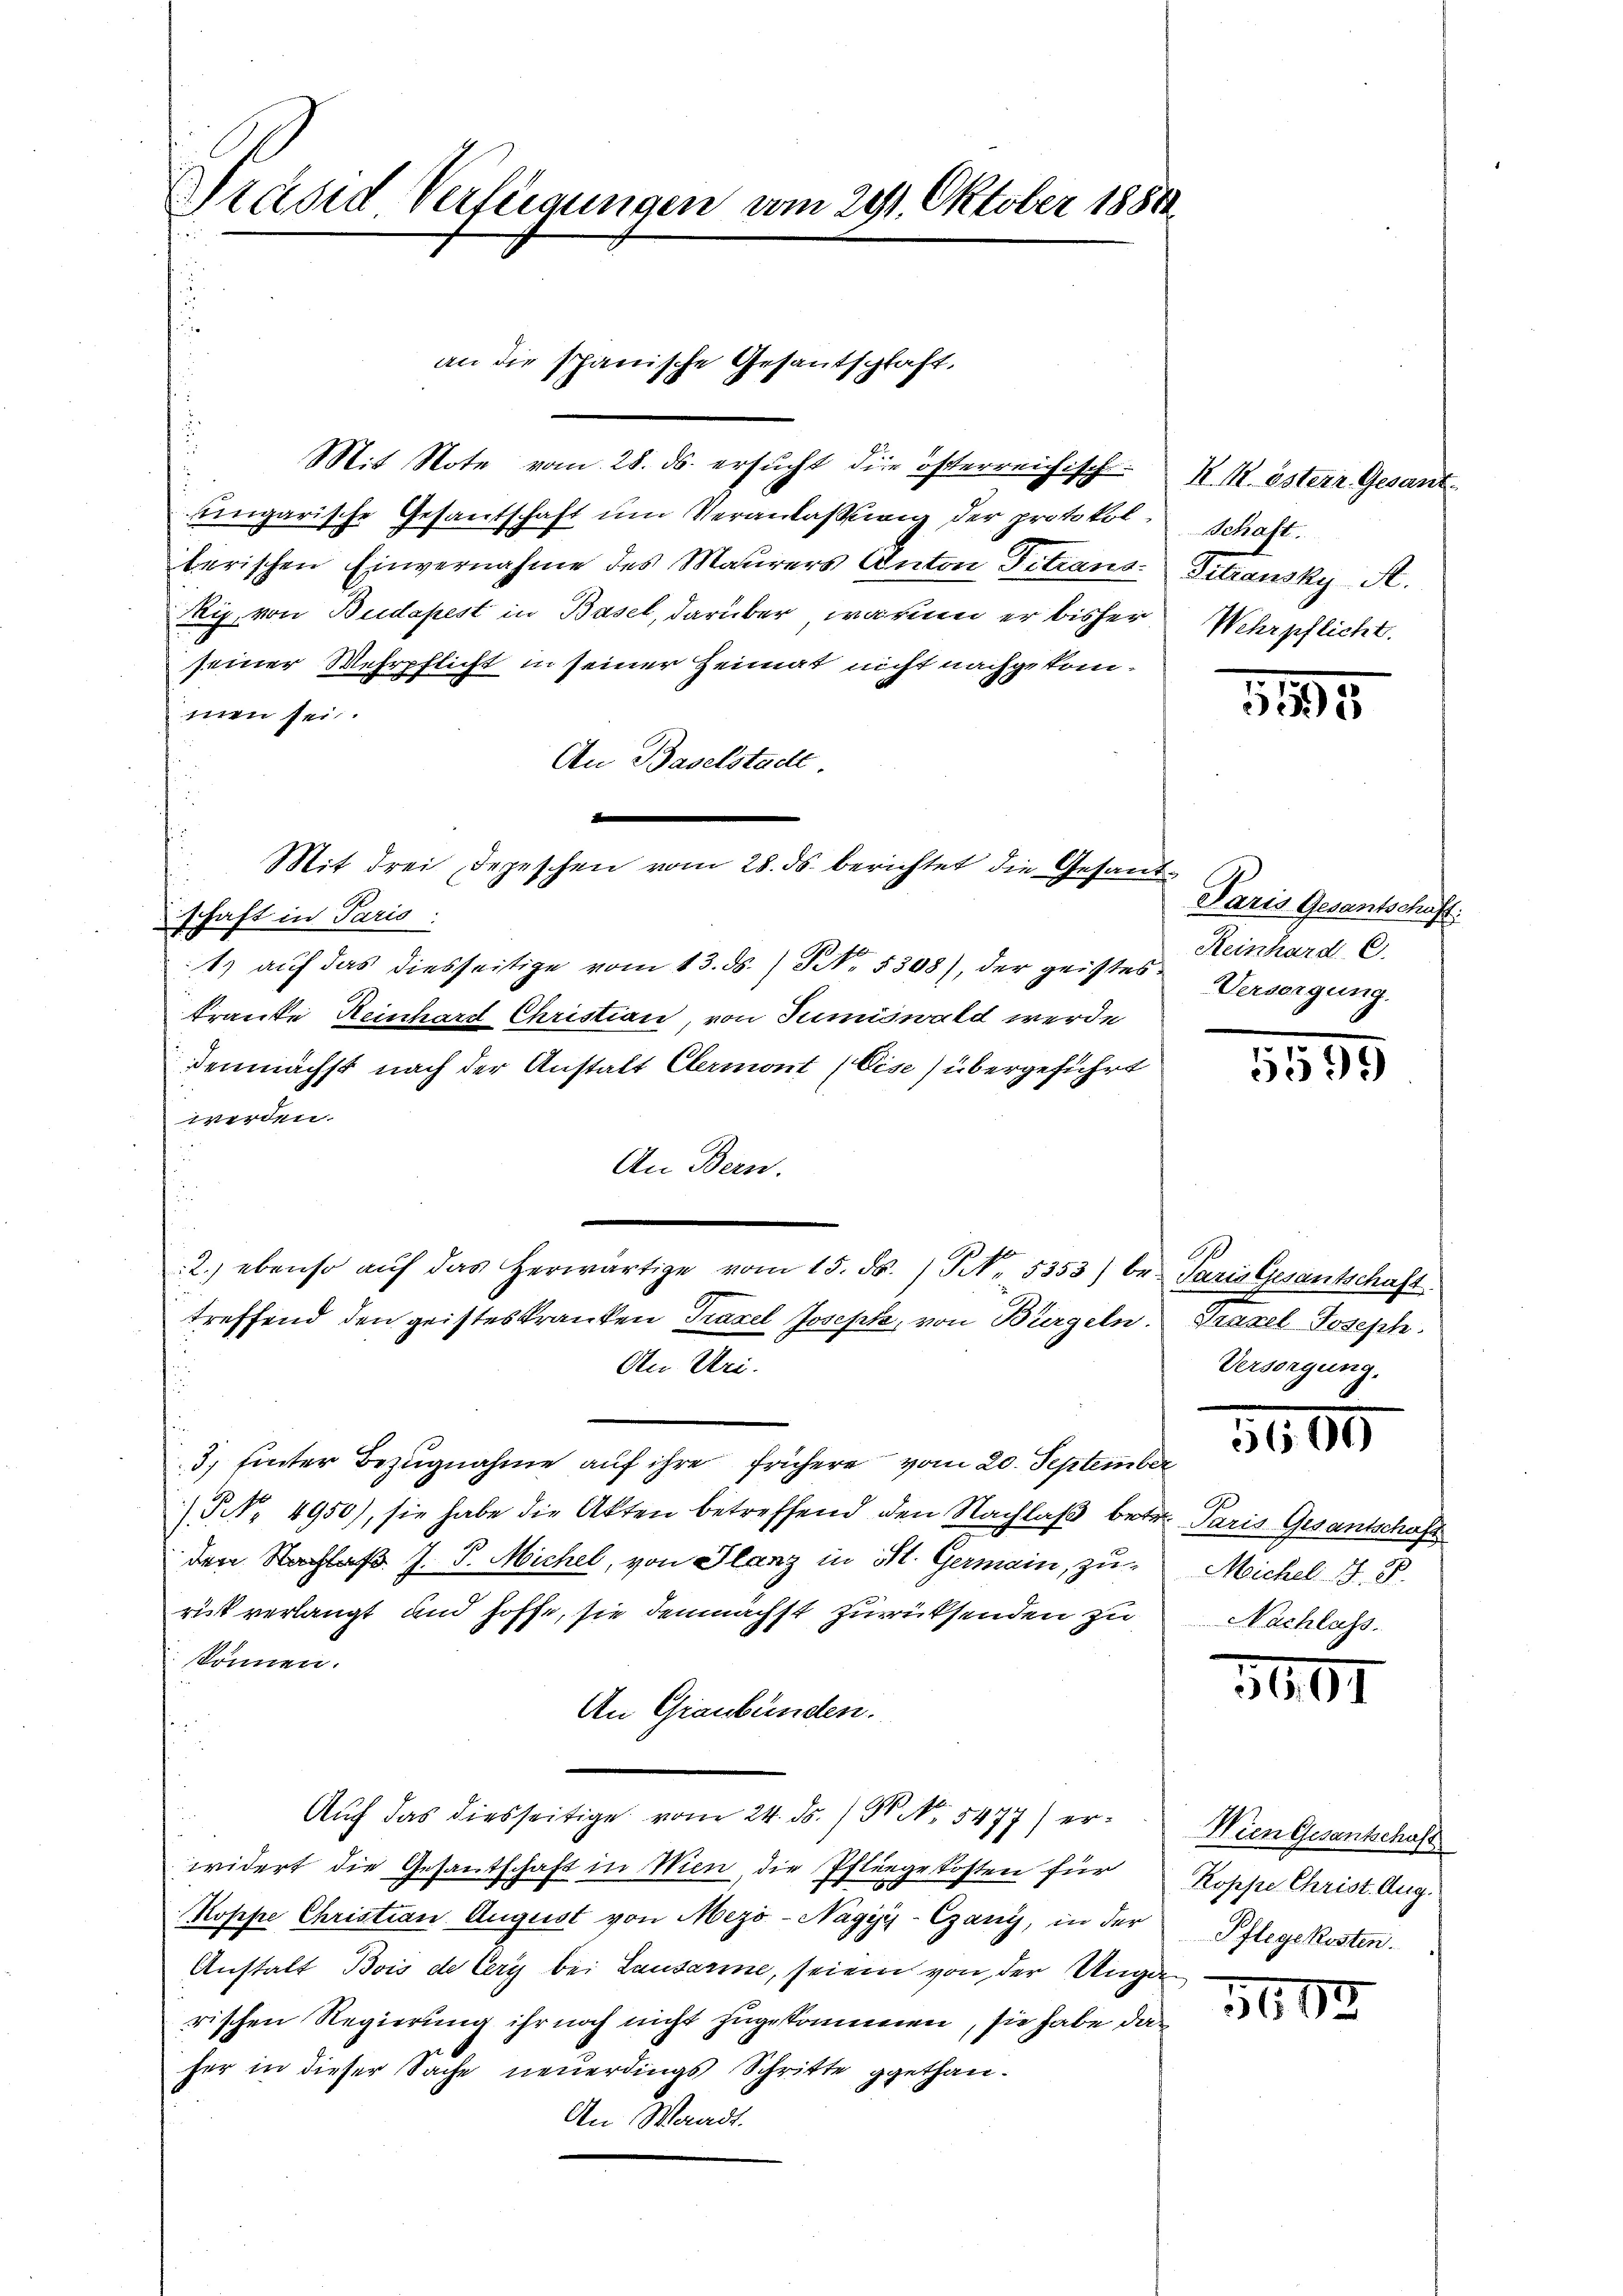
Präsid Verlegungen vom 29. Oktober 1880

Mit Note vom 28. ds. ersucht die österreichisch
ungarische Gesandschaft um Veranlaßung der protokol. Schaft.
berischen Einvernahme des Maurers Anton Titrans
Riz, von Budapest in Basel, darüber warum er bisher
seiner Wehrpflicht in seiner Heimat nicht nachgekommen sei.
An Baselstadt
d
schaft in Paris.
1) aŭf das diesseitige vom 13. ds. S. 5308), der geistes Versorgung.
kranke Reinhard Christian, von Tumiswald werde
demnächst nach der Anstalt Clermont (Gise) übergeführt
werden.
An Bern.
s
2. ebenso aŭf das herwärtige vom 15. ds. / NNo. 5353) be- Paris Gesantschaft
treffend den geisteskranken Traxel Joseph, von Bürgeln. Praxel Joseph
An Uri.
3, hinter Bezŭgnahme aŭf ihre frühere vom 20. September
(NNo. 4950), sie habe die Akten betreffend den Nachlaß betr. Paris Gesantschaft
den Nachlaß J. P. Michel, von Glanz in St. Germain, zu-
rük verlangt und hoffe, sie demnächst zurücksenden zu
 können.
An Graubünden.
u
t
Auf das diesseitige vom 24. ds. / 5. No. 5477) erwidert die Gesantschaft in Wien, die Pflegekosten für
Koppe Christian August von Mezö - Nagyy-Czany, in der
Anstalt Bois de Cery bei Lausarme, seien von der Ungarischen Regierung ihr noch nicht zugekommen, sie habe das
her in dieser Sache neuerdings Schritte gethan.
An Waadt.

an die schanische Gesantschaft.

Mit drei Depeschen vom 28. ds. berichtet die Gesand¬

RM. österr. Gesant
Pitrausky R.
Wehrpflicht.

1195

Paris Gesantschäft.
Reinhard C.

3550

6
Versorgung.

Michel S. 88
Nachlass.

3101

Wien Gesantschaft
Koppe Christ. Aug.
Pflegekosten.

3600.